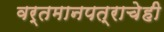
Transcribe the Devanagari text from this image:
वर्तमानपत्राचेही